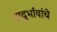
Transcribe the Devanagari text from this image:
प्रादुर्भावांचे